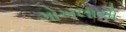
ગોખલાનો